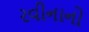
રવીનાનો